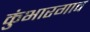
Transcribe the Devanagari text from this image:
कुंभारगाव